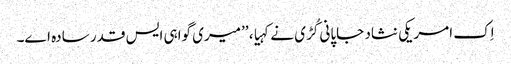
اِک امریکی نثاد جاپانی کُڑی نے کہیا، ’’میری گواہی ایس قدر سادہ اے۔